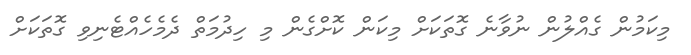
މިކަމުން ގެއްލުން ނުވާނެ ގޮތަކަށް މިކަން ކޮށްގެން މި ހިދުމަތް ދެމެހެއްޓެނިވި ގޮތަކަށް